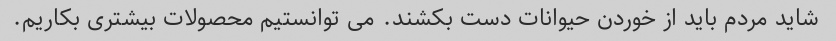
شاید مردم باید از خوردن حیوانات دست بکشند. می توانستیم محصولات بیشتری بکاریم.